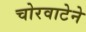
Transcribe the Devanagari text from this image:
चोरवाटेने